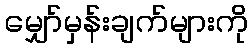
မျှော်မှန်းချက်များကို